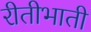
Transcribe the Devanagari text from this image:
रीतीभाती